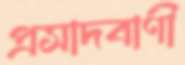
প্রসাদবাণী